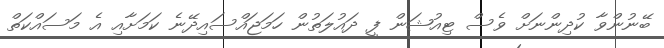
ބޭނުންވާ ކުދިންނަށް ވެސް ޓިއުޝަން ފީ ދައުލަތުން ހަމަޖައްސައިދޭނެ ކަމަށާއި އެ މަސައްކަތް